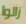
زالوا